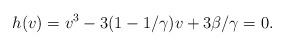
LaTeX: \begin{align*}h(v) = v^3 - 3(1-1/\gamma)v + 3\beta/\gamma = 0.\end{align*}